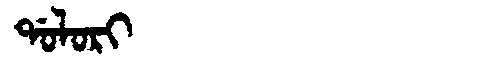
Manchu: ᡩᠣᠯᠣᡵᡳ
Romanization: DOLORI